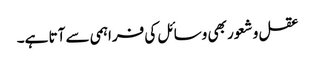
عقل و شعور بھی وسائل کی فراہمی سے آتا ہے۔